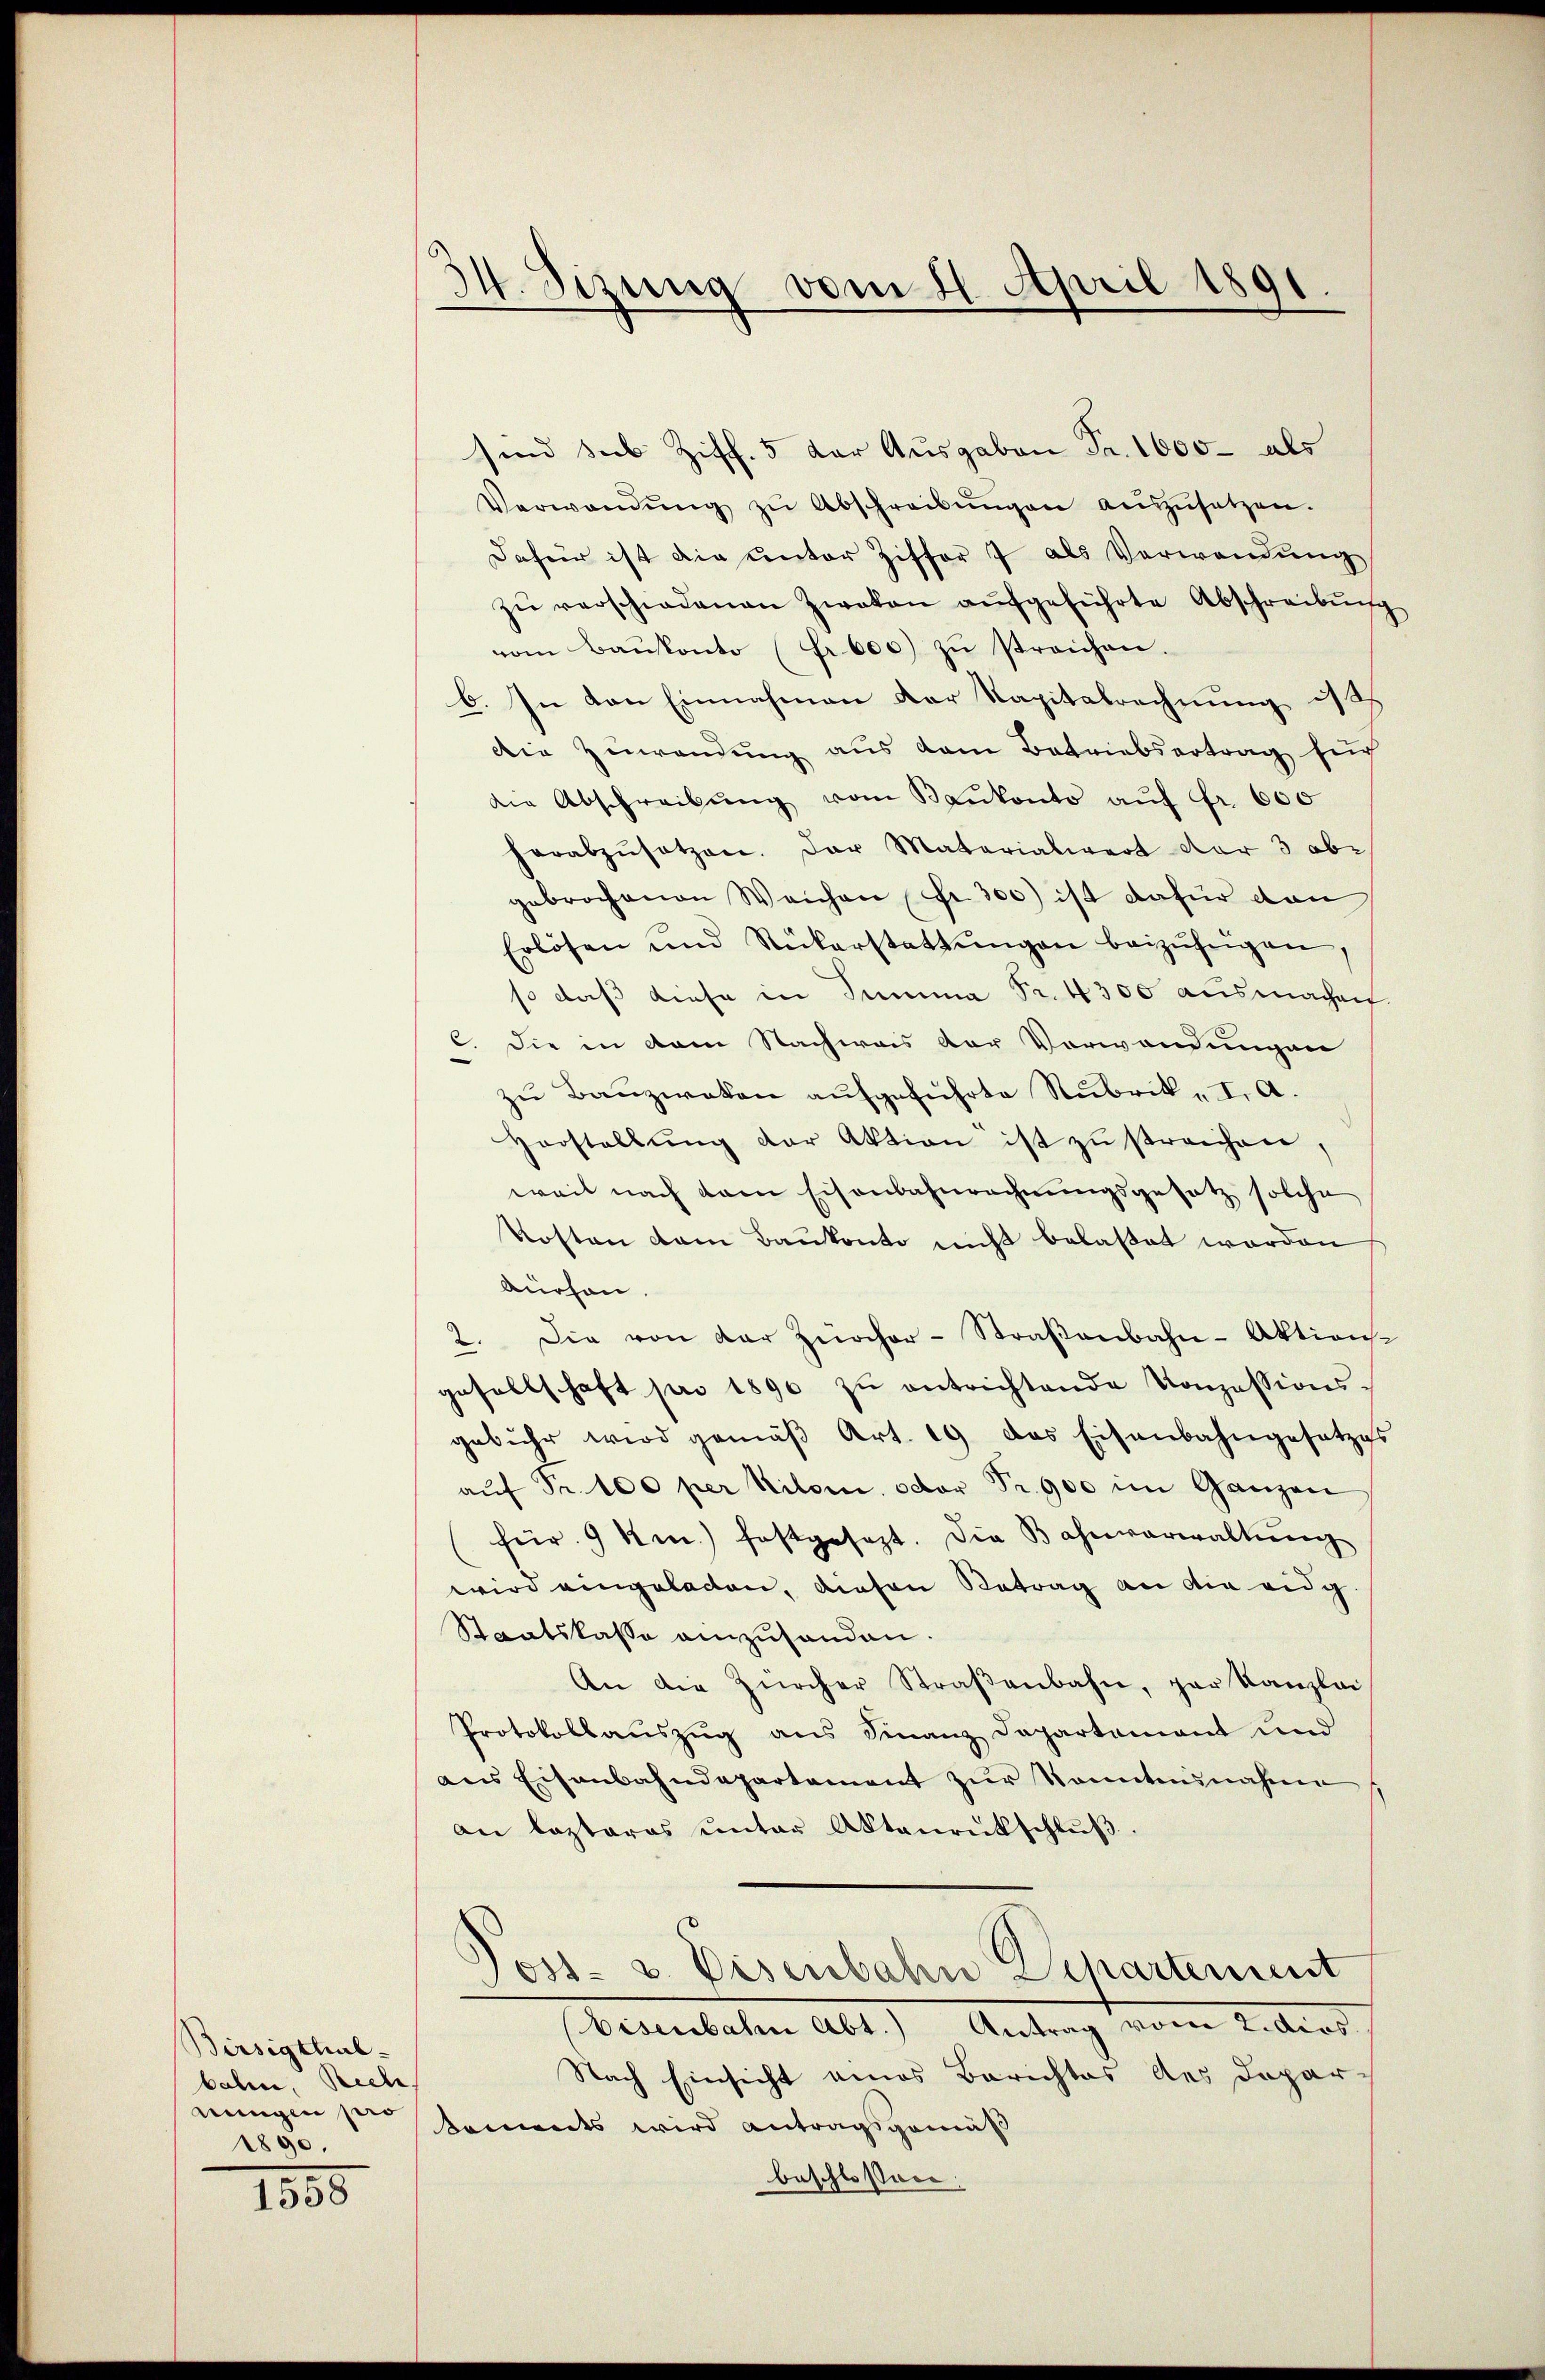
Birsigthal-
bali, Rech
ningen sie
1890.

1855

34. Sizung vom 21. April 1891

sind sub Ziff. 5 der Ausgaben Fr. 1000 - als
Verwendŭng zŭ Abschreibŭngen aŭszŭsetzen.
dafür ist die ŭnter Ziffer 7 als Verwendŭng
zŭ verschiedenen Zweken aŭfgeführte Abschreibŭng
vom Baŭkonto (Fr. 600) zŭ streichen.
C. In den Einnahmen der Kapitalrechnung ist
die Zuwendung aus dem Betriebsertrag such
die Abschreibŭng vom Baŭkonto aŭf Fr. 600
herabzŭsetzen. Der Materialwert der 3 obe
gebrochenen Weichen Fr. 300) ist dafür dan
Erlösen und Rükerstattŭngen beizufügen,
so daß diese in Summa Fr. 4300 ausmachen
Die in dem Nachweis der Verwendungen
.
zu Bauzweken aufgeführte Rubrik „ I. A.
Horstellŭng der Aktion ist zu streichen,
weil nach dem Eisenbahnrechnungsgesetz solche
Kosten dem Baukonto nicht belaßet worden
Aüssen.
2. Die von der Zürcher-Straβenbahn-Aktions-
gesellschaft pro 1890 zŭ entrichtende Konzessions-
gebühr wird gemäβ Art. 19 das Eisenbahngesetzes
aŭf Fr. 100 per Kilom, oder Fr. 900 im Ganzen
für. 9 km.) festgesezt. Die Bahnverwaltŭng
wird eingeladen, diesen Betrag an die eidg.
Staatskasse einzuhanden.
An die Zürcher Straβenbahn, par Kanzlei
Protokollauszug aus Finanz Dapartement und
ans Eisenbahndepartament zŭr Sonntenahmen
an lezteres ŭnter Aktenrütschlŭβ
Joss- u. Eisenbahn Departement
bereinbaten Abt.) Antrag vom Retent
Nach Einsicht eines Berichtes des Dopar-
kommts wird antragsgemäß
beschlossen: